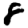
Digit: 8